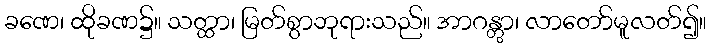
ခဏေ၊ ထိုခဏ၌။ သတ္ထာ၊ မြတ်စွာဘုရားသည်။ အာဂန္တွာ၊ လာတော်မူလတ်၍။